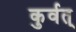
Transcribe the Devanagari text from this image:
कुर्वत्